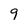
Character: 9